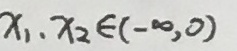
x _ { 1 } . x _ { 2 } > 0 \in ( - \infty , 0 )